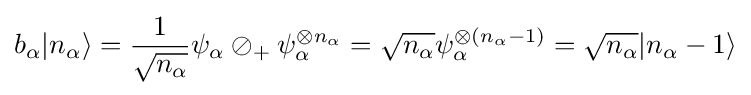
b_{\alpha }|n_{\alpha }\rangle ={\frac {1}{\sqrt {n_{\alpha }}}}\psi _{\alpha }\oslash _{+}\psi _{\alpha }^{\otimes n_{\alpha }}={\sqrt {n_{\alpha }}}\psi _{\alpha }^{\otimes (n_{\alpha }-1)}={\sqrt {n_{\alpha }}}|n_{\alpha }-1\rangle